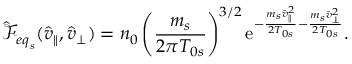
\hat { \mathcal { F } } _ { { e q } _ { s } } ( \hat { v } _ { \parallel } , \hat { v } _ { \perp } ) = n _ { 0 } \left( \frac { m _ { s } } { { 2 \pi T _ { 0 s } } } \right) ^ { 3 / 2 } \mathrm { e } ^ { - \frac { m _ { s } \hat { v } _ { \parallel } ^ { 2 } } { 2 T _ { 0 s } } - \frac { m _ { s } \hat { v } _ { \perp } ^ { 2 } } { 2 T _ { 0 s } } } .